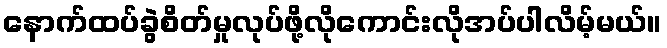
နောက်ထပ်ခွဲစိတ်မှုလုပ်ဖို့လိုကောင်းလိုအပ်ပါလိမ့်မယ်။